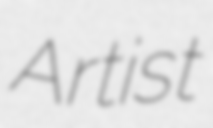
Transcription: Artist